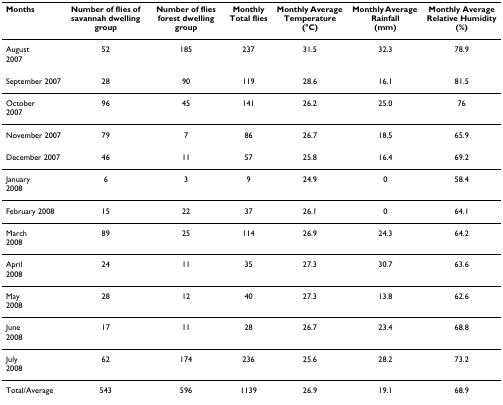
| Months | Number of flies of savannah dwelling group | Number of flies forest dwelling group | MonthlyTotal flies | Monthly Average Temperature(°C) | Monthly Average Rainfall(mm) | Monthly Average Relative Humidity(%) |
 | --- | --- | --- | --- | --- | --- | --- |
 | August2007 | 52 | 185 | 237 | 31.5 | 32.3 | 78.9 |
 | September 2007 | 28 | 90 | 119 | 28.6 | 16.1 | 81.5 |
 | October2007 | 96 | 45 | 141 | 26.2 | 25.0 | 76 |
 | November 2007 | 79 | 7 | 86 | 26.7 | 18.5 | 65.9 |
 | December 2007 | 46 | 11 | 57 | 25.8 | 16.4 | 69.2 |
 | January2008 | 6 | 3 | 9 | 24.9 | 0 | 58.4 |
 | February 2008 | 15 | 22 | 37 | 26.1 | 0 | 64.1 |
 | March2008 | 89 | 25 | 114 | 26.9 | 24.3 | 64.2 |
 | April2008 | 24 | 11 | 35 | 27.3 | 30.7 | 63.6 |
 | May2008 | 28 | 12 | 40 | 27.3 | 13.8 | 62.6 |
 | June2008 | 17 | 11 | 28 | 26.7 | 23.4 | 68.8 |
 | July2008 | 62 | 174 | 236 | 25.6 | 28.2 | 73.2 |
 | Total/Average | 543 | 596 | 1139 | 26.9 | 19.1 | 68.9 |